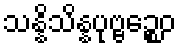
သန္နိသိန္နပုဗ္ဗဉ္စေဝ